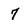
Character: 7